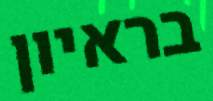
בראיון